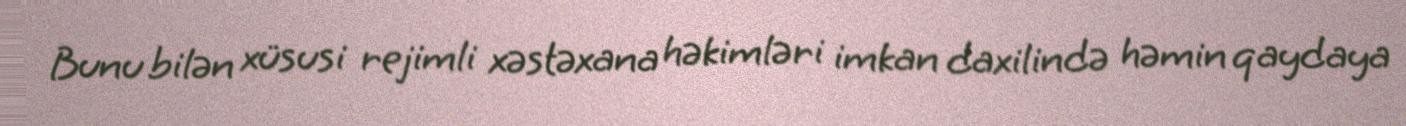
Bunu bilən xüsusi rejimli xəstəxana həkimləri imkan daxilində həmin qaydaya